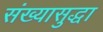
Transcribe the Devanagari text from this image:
संख्यासुद्धा